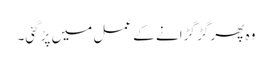
وہ پھر گڑ گڑانے کے عمل میں پڑگئی۔